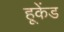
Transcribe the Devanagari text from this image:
हूकेंड